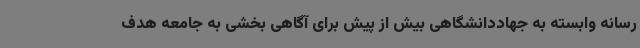
رسانه وابسته به جهاددانشگاهی بیش از پیش برای آگاهی بخشی به جامعه هدف